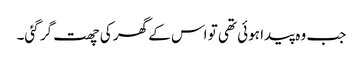
جب وہ پیدا ہوئی تھی تو اس کے گھر کی چھت گر گئی۔